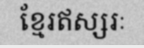
ខ្មែរឥស្សរៈ